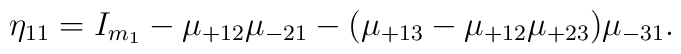
\eta_{11} = I_{m_1} - \mu_{+12} \mu_{-21} - (\mu_{+13} - \mu_{+12}\mu_{+23}) \mu_{-31}.